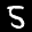
Label: 5